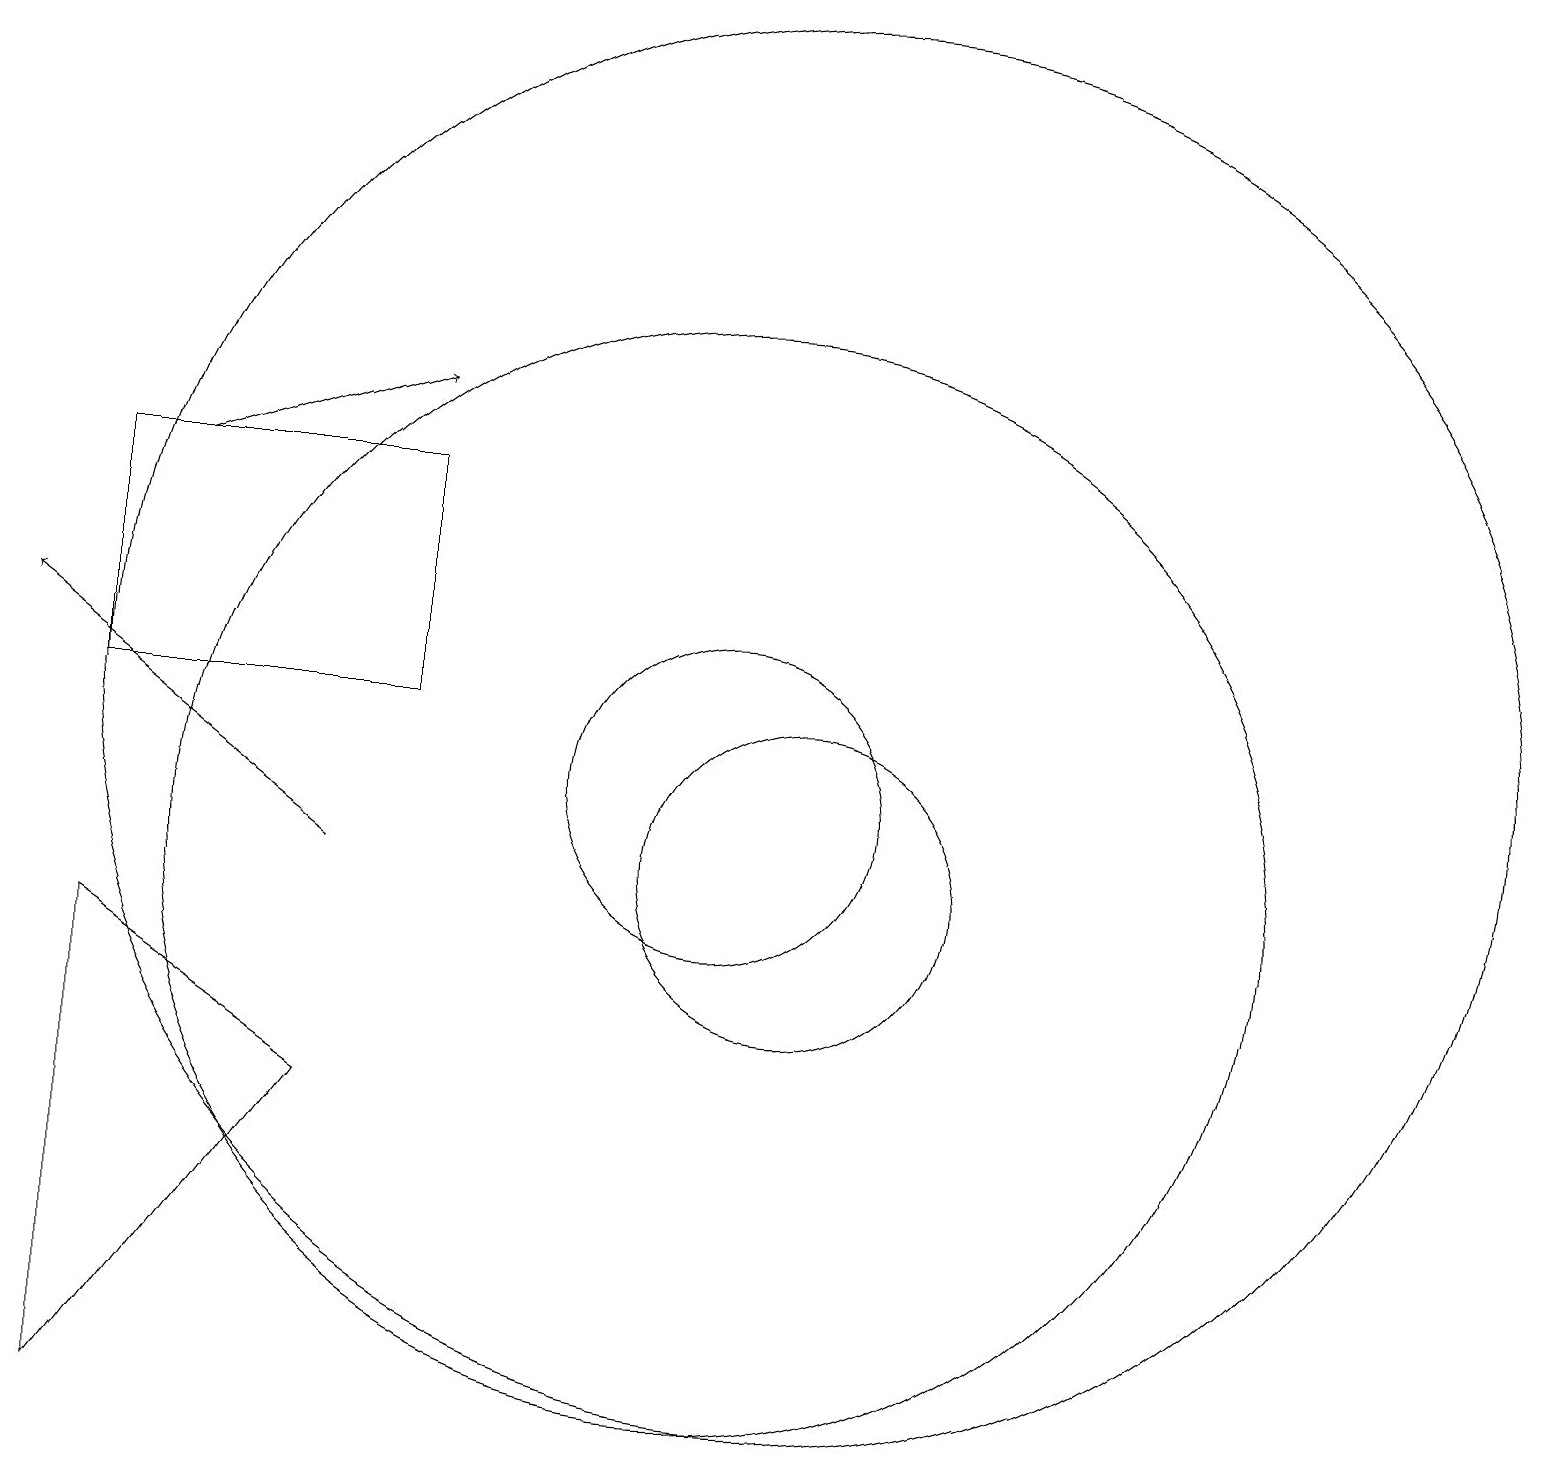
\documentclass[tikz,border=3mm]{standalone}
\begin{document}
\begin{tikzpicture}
\draw (6,7) -- (3,3) -- (3,9) -- cycle;
\draw (12,10) circle (2);
\draw (3,12) rectangle (7,15);
\draw[->] (6,10) -- (2,13);
\draw (11,11) circle (2);
\draw (11,10) circle (7);
\draw[->] (4,15) -- (7,16);
\draw (12,12) circle (9);
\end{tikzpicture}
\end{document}